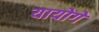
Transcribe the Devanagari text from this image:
यायोगे